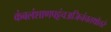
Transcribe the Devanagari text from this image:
कंबलंशाणपट्टंचअजिनंचतथोत्तरं